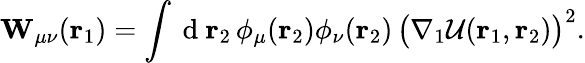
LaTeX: \mathbf{W}_{\mu\nu}({\mathbf{r}_{1}})=\int\mathrm{~d~}{\mathbf{r}_{2}}\, \phi_{\mu}({\mathbf{r}_{2}})\phi_{\nu}({\mathbf{r}_{2}})\, \big(\nabla_{1}\mathcal{U}({\mathbf{r}_{1}},{\mathbf{r}_{2}})\big)^{2}.